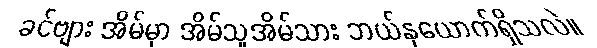
ခင်ဗျား အိမ်မှာ အိမ်သူအိမ်သား ဘယ်နှယောက်ရှိသလဲ။